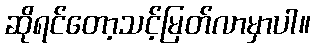
ဆိုရင်တော့သင့်မြတ်လာမှာပါ။